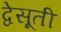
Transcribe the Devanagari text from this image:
द्वेसूती